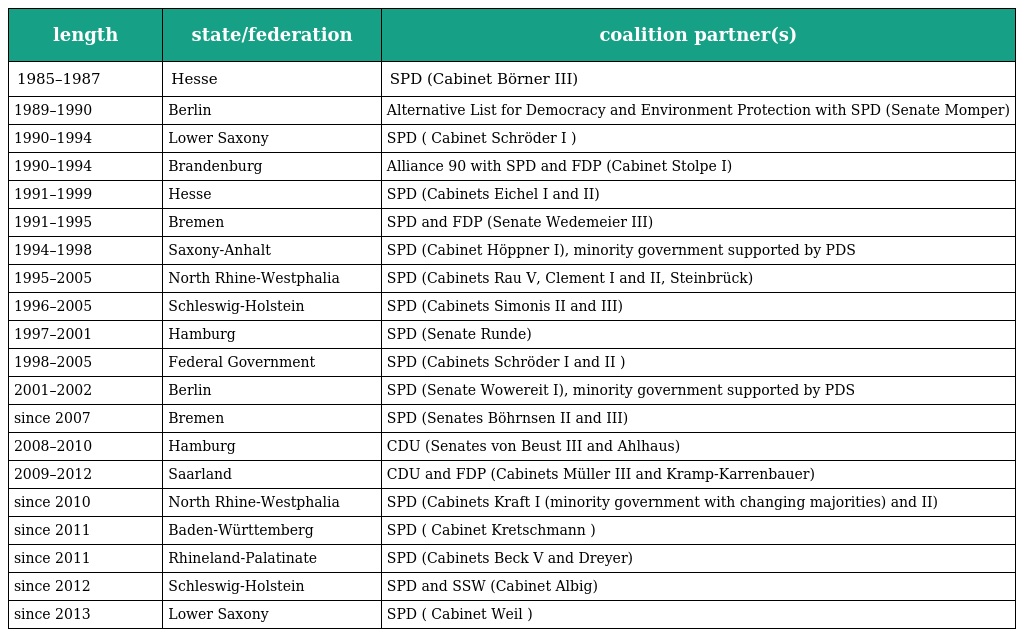
| length | state/federation | coalition partner(s) |
 | --- | --- | --- |
 | 1985–1987 | Hesse | SPD (Cabinet Börner III) |
 | 1989–1990 | Berlin | Alternative List for Democracy and Environment Protection with SPD (Senate Momper) |
 | 1990–1994 | Lower Saxony | SPD ( Cabinet Schröder I ) |
 | 1990–1994 | Brandenburg | Alliance 90 with SPD and FDP (Cabinet Stolpe I) |
 | 1991–1999 | Hesse | SPD (Cabinets Eichel I and II) |
 | 1991–1995 | Bremen | SPD and FDP (Senate Wedemeier III) |
 | 1994–1998 | Saxony-Anhalt | SPD (Cabinet Höppner I), minority government supported by PDS |
 | 1995–2005 | North Rhine-Westphalia | SPD (Cabinets Rau V, Clement I and II, Steinbrück) |
 | 1996–2005 | Schleswig-Holstein | SPD (Cabinets Simonis II and III) |
 | 1997–2001 | Hamburg | SPD (Senate Runde) |
 | 1998–2005 | Federal Government | SPD (Cabinets Schröder I and II ) |
 | 2001–2002 | Berlin | SPD (Senate Wowereit I), minority government supported by PDS |
 | since 2007 | Bremen | SPD (Senates Böhrnsen II and III) |
 | 2008–2010 | Hamburg | CDU (Senates von Beust III and Ahlhaus) |
 | 2009–2012 | Saarland | CDU and FDP (Cabinets Müller III and Kramp-Karrenbauer) |
 | since 2010 | North Rhine-Westphalia | SPD (Cabinets Kraft I (minority government with changing majorities) and II) |
 | since 2011 | Baden-Württemberg | SPD ( Cabinet Kretschmann ) |
 | since 2011 | Rhineland-Palatinate | SPD (Cabinets Beck V and Dreyer) |
 | since 2012 | Schleswig-Holstein | SPD and SSW (Cabinet Albig) |
 | since 2013 | Lower Saxony | SPD ( Cabinet Weil ) |